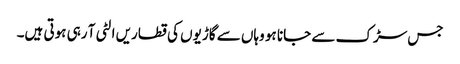
جس سڑک سے جانا ہو وہاں سے گاڑیوں کی قطاریں الٹی آ رہی ہوتی ہیں۔